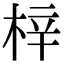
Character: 梓